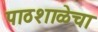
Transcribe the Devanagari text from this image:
पाठशाळेचा